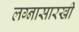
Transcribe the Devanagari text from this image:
लग्नासारखी